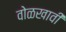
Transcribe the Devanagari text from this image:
वोळखावी